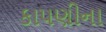
કાપણીના